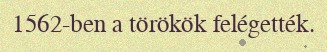
1562-ben a törökök felégették.